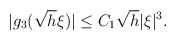
\begin{align*} \begin{aligned} |g_3(\sqrt{h}\xi)|\le C_1\sqrt{h}|\xi|^3. \end{aligned} \end{align*}